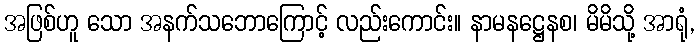
အဖြစ်ဟူ သော အနက်သဘောကြောင့် လည်းကောင်း။ နာမနဋ္ဌေနစ၊ မိမိသို့ အာရုံ,